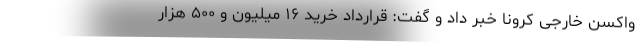
واکسن خارجی کرونا خبر داد و گفت: قرارداد خرید ۱۶ میلیون و ۵۰۰ هزار